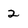
Character: 2